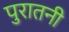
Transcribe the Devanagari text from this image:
पुरातनी